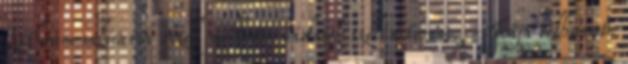
Lythrum salicaria vizek mellett, nádasok szélén terem. Teája bélhurut,